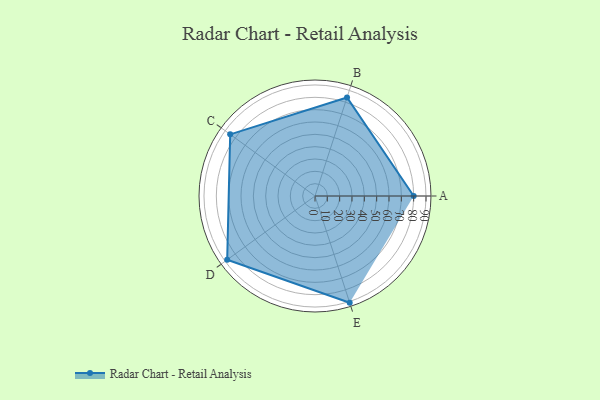
{"axis": {"x": "Skill", "y": "Score"}, "legend": ["Profile"], "data": [{"x": "A", "y": 80.0, "type": "Profile"}, {"x": "B", "y": 84.0, "type": "Profile"}, {"x": "C", "y": 85.0, "type": "Profile"}, {"x": "D", "y": 88.0, "type": "Profile"}, {"x": "E", "y": 91.0, "type": "Profile"}]}